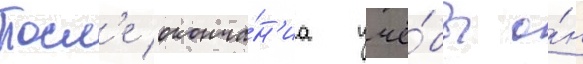
Посл'е оконча́н'иа учё́бы о́н